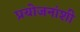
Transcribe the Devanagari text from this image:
प्रयोजनांशी